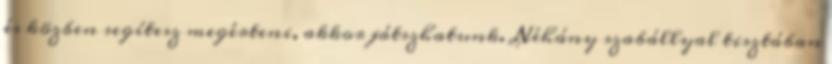
és közben segítesz megérteni, akkor játszhatunk. Néhány szabállyal tisztában